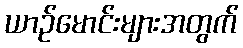
ယာဉ်မောင်းများအတွက်